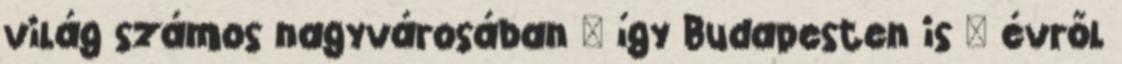
világ számos nagyvárosában – így Budapesten is – évről